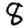
Digit: 8